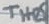
Text: THRS